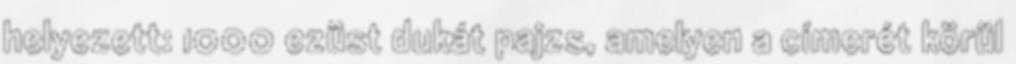
helyezett: 1000 ezüst dukát pajzs, amelyen a címerét körül